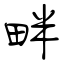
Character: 畔